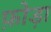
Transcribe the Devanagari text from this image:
फ़ोड़ा